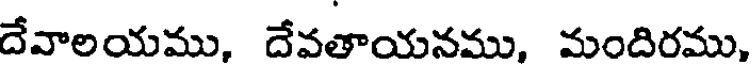
దేవాలయము, దేవతాయనము, మందిరము,